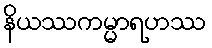
နိယဿကမ္မာရဟဿ